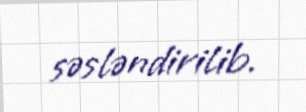
səsləndirilib.